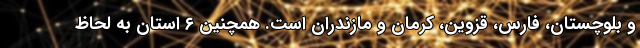
و بلوچستان، فارس، قزوین، کرمان و مازندران است. همچنین ۶ استان به لحاظ